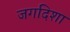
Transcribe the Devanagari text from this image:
जगदिशा